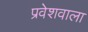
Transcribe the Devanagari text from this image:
प्रवेशवाला